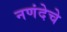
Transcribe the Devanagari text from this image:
नणंदेचे